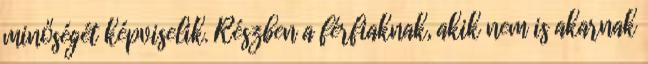
minőségét képviselik. Részben a férfiaknak, akik nem is akarnak